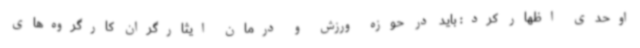
اوحدی اظهار کرد: باید در حوزه ورزش و درمان ایثارگران کارگروه‌های